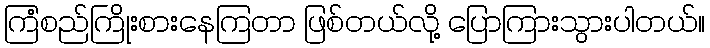
ကြံစည်ကြိုးစားနေကြတာ ဖြစ်တယ်လို့ ပြောကြားသွားပါတယ်။